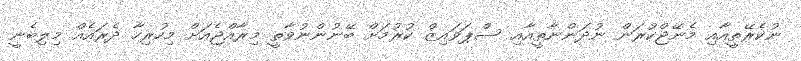
ނުކެރޭތީއާއި މެނޭޖްކުރަން ނުދަންނާތީއާއި ސްޕަވައިޒް ކުރުމަށް ބޭނުންނުވާތީ މިރާއްޖެއަށް މިހުރިހާ ދެރައެއް މިލިބެނީ